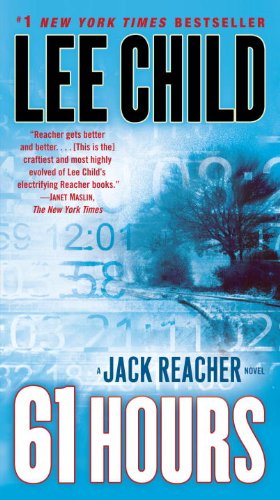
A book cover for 61 Hours (Jack Reacher); Lee Child; Mystery, Thriller & Suspense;